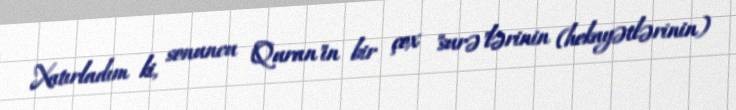
Xatırladım ki, sonuncu "Quran"ın bir çox "surə"lərinin (hekayətlərinin)